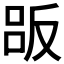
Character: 𠭤